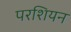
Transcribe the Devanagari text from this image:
परशियन